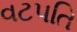
વટપતિ